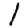
Digit: 1